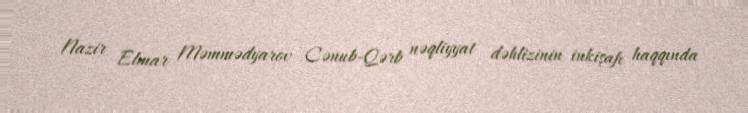
Nazir Elmar Məmmədyarov Cənub-Qərb nəqliyyat dəhlizinin inkişafı haqqında